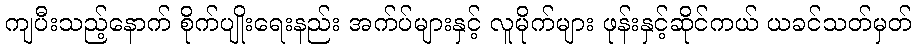
ကျပီးသည့်နောက် စိုက်ပျိုးရေးနည်း အက်ပ်များနှင့် လူမိုက်များ ဖုန်းနှင့်ဆိုင်ကယ် ယခင်သတ်မှတ်